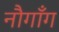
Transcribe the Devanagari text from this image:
नौगाँग